Report of the Municipal Commissioner on the plague in Bombay for the year ending 31st May... - Volume 2
Disease focus: Plague
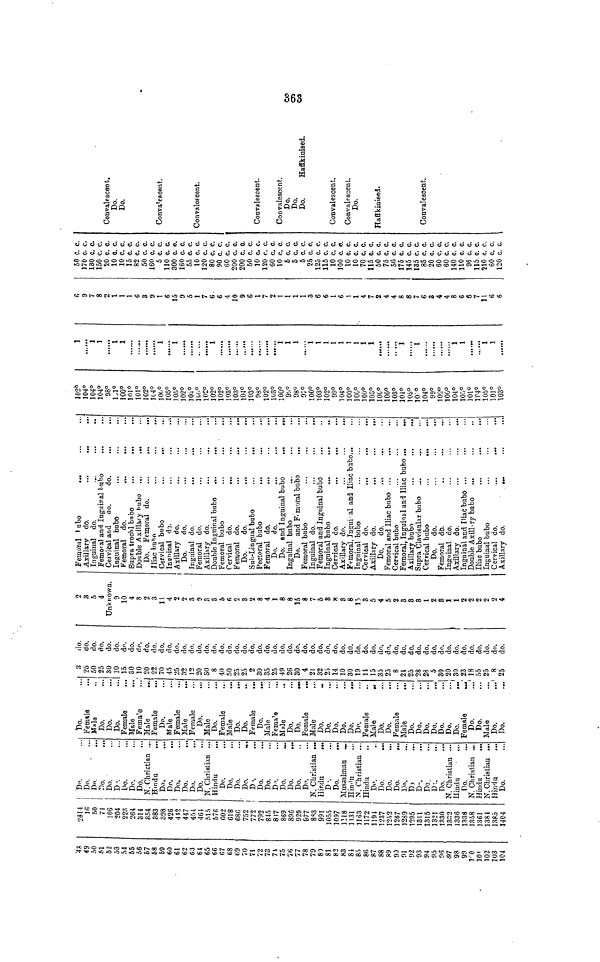
48
49
50
51
52
53
54
55
56
57
58
59
60
61
62
63
61
65
66
67
68
69
70
71
72
73
74
75
76
77
78
79
80
81
82
83
84
85
86
87
88
89
90
91
92
93
94
95
96
97
98
99
100
101
102
103
104
2814
16
50
71
106
204
223
264
314
354
383
398
426
412
447
454
464
515
576
602
618
686
752
772
792
845
817
869
896
929
977
883
991
1055
1097
1118
1131
1163
1172
1194
1237
1252
1267
1289
1295
1311
1315
1321
1330
1332
1336
1338
1358
1361
1384
1385
1404
Do.
Do.
Do.
Do.
Do.
Do.
Do.
Do.
Do.
N. Christian ...
Hindu
...
Do.
Do.
Do.
Do.
Do.
Do.
N. Christian ...
Hindu
Do.
Do.
Do.
Do.
D».
Do.
Do.
Do.
Do.
Do.
Do.
Do.
N. Christian ...
Hindu
...
Do.
Do.
Mussalman
Hindu
N. Christian ...
Hindu
Do.
Do.
Do.
Do.
Do.
DO.
Do.
Do
Do.
Do.
N. Christian ...
Hindu
Do.
N. Christian _
Hindu
N. Christian ...
Hindu
...
Do.
Do.
Female
Male
Do.
Do.
Do.
Female
Male
Female
Male
Female
Do.
Male
Female
Male
Female
Do.
Male
Do.
Female
Male
Do.
Do.
Female
...
Do.
Male
Female
Male
Do.
Do.
Female
...
Male
Do.
Do.
Do.
Do.
Do.
Do.
Female
Male
Do.
Do.
Female
Male
Do.
Do.
Do.
Do.
Do.
..
Do.
Do.
...
Female
Do.
..
Do.
Male
Do.
...
Do.
3
do.
25
do.
50
do.
25
do.
30
do.
10
do.
15
do.
30
do.
10
do.
20
do.
22
do.
70
do.
45
do.
25
do.
32
do.
12
do.
20
do.
30
do.
8
do.
40
do.
50
do.
25
do.
25
do.
2
do.
30
do.
35
do.
25
do.
49
do.
26
do.
30
do.
4
do.
21
do.
32
do.
23
do.
14
do.
10
do.
30
do.
19
do.
14
do.
15
do.
35
do.
25
do.
8
do.
24
do.
25
do.
28
do.
28
do.
5
do.
30
do.
20
do.
30
do.
23
do.
18
do.
55
do.
25
do.
8
do.
25
do.
2
3
5
4
Unknown.
9
10
4
3
2
3
11
4
2
2
3
9
3
3
5
6
2
3
2
8
4
1
8
8
15
8
7
5
8
8
3
8
15
3
5
4
5
2
3
3
3
1
2
8
1
1
2
2
2
2
2
4
Femoral bubo
Axillary do.
Inguinal do.
....
...
..
Femoral and Inguinal bubo
Cervical and
do.
do.
Inguinal bubo
Femoral do.
...
...
...
Supra trochl bubo
...
...
Double Axillary bubo
...
...
Do. Femoral do.
...
...
...
Iliac bubo
...
...
...
Cervical bubo
...
...
Inguinal do.
...
...
..
Axillary do.
Do.
do.
Inguinal do.
...
Femoral do.
Axillary do.
Double Inguinal bubo
...
...
Femoral bubo
Cervical do.
Femoral do.
...
...
...
Do.
do.
Sub-Lingual bubo
...
...
Pectoral bubo
...
...
...
Femoral do.
Do.
do.
Do. and Inguinal bubo
...
...
Inguinal bubo
Do.
and Femoral bubo
Femoral bubo
...
...
...
Inguinal do.
...
...
...
Femoral and Inguinal bubo
...
Inguinal bubo
...
...
..
Cervical do.
...
...
Axillary do.
Femoral, Ingui al and Iliac bubo...
Inguinal bubo
Cervical do.
Axillary do.
...
...
...
Do.
do.
Femoral and Iliac bubo ...
...
Cervical bubo
Femoral, Inguinal and Iliac bubo ...
...
Axillary bubo
Supra Clavisular bubo
Cervical bubo
Do.
do.
Femoral do.
Inguinal do.
Axillary do.
Inguinal and Iliac bubo ...
Double Axillary bubo
Iliac bubo
...
..
Inguinal bubo
Cervical do.
...
.-
Axillary do.
102°1
04°1
04°1
04°9
8°1
1°1
00°1
01°1
01°1
02°1
04°1
00°1
05°1
05°1
02°1
02°1
00°1
02°1
02°1
02°1
03°1
03°1
04°1
03°9
8°1
02°1
03°1
00°9
!.°9
8°9
7°1
00°1
03°1
02°9
9°1
04°1
00°1
00°1
00°1
08°1
00°1
00°1
03°1
04°1
05°1
0 °1
04°9
9°1
02°1
00°1
04°1
05°1
01°1
04°1
05°1
01°1
03°1
1
1
1
1
......
......
1
1
......
1
1
1
1
......
1
1
1
1
1
1
1
1
1
1
1
......
1
1
......
1
1
6
9
7
8
1
1
1
6
3
9
1
6
15
9
5
1
7
6.
6
4
10
9
6
1
7
2
1
1
1
1
3
6
6
1
6
1
1
4
7
2
4
4
8
8
7
6
3
4
4
8
6
6
7
11
6
6
50 c. c.
170 c. c.
130 c. c.
150 c. c.
20 c. c.
10 c. c.
10 c. c.
15 c. c.
82 c. c.
50 c. c.
160 c. c.
5 c. c.
110 c. c.
300 c. c.
160 c. c.
55 c. c.
10 c. c.
120 c. c.
80 c. c.
90 c. c.
60 c. c.
200 c. c.
200 c. c.
50 c. c.
10 c. c.
120 c. c.
60 c. c.
10 c. c.
5 c. c.
5 c. c.
5 c. c.
25 c. c.
125 c. c.
115 c. c.
10 c. c.
100 c. c.
10 c. c.
10 c. c.
70 c. c.
115 c. c.
50 c. c.
75 c. c.
50 c. c.
175 c. c.
145 c. c.
135 c. c.
85 c. c.
20 c. c.
60 c. c.
60 c. c.
140 c. c.
110 c. c.
96 c. c.
115 c. c.
210 c. c.
60 c. c.
120 c. c.
Convalescent.
Do.
Do.
Convalescent,
Convalescent.
Convalescent.
Convalescent.
Do.
Do.
Do.
Haffkinised.
Convalescent.
Convalescent.
Do.
Haffkinised.
Convalescent.
363